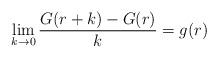
LaTeX: \begin{align*} \lim_{k \rightarrow{0}}\frac{G(r+k)-G(r)}{k}=g(r)\end{align*}